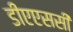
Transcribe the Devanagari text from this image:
डीएएससी